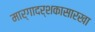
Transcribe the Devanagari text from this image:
मार्गादर्शकासारखा